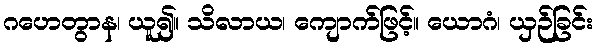
ဂဟေတွာန၊ ယူ၍။ သိလာယ၊ ကျောက်ဖြင့်။ ယောဂံ၊ ယှဉ်ခြင်း